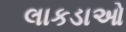
લાકડાઓ